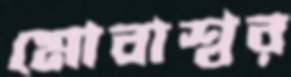
মোবাশ্বর